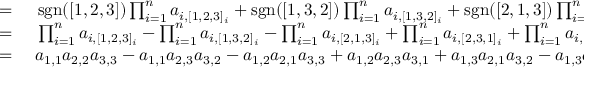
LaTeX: \begin{array} { r l } { = { } } & { { } \operatorname { s g n } ( [ 1 , 2 , 3 ] ) \prod _ { i = 1 } ^ { n } a _ { i , [ 1 , 2 , 3 ] _ { i } } + \operatorname { s g n } ( [ 1 , 3 , 2 ] ) \prod _ { i = 1 } ^ { n } a _ { i , [ 1 , 3 , 2 ] _ { i } } + \operatorname { s g n } ( [ 2 , 1 , 3 ] ) \prod _ { i = 1 } ^ { n } a _ { i , [ 2 , 1 , 3 ] _ { i } } + { } } \\ { = { } } & { { } \prod _ { i = 1 } ^ { n } a _ { i , [ 1 , 2 , 3 ] _ { i } } - \prod _ { i = 1 } ^ { n } a _ { i , [ 1 , 3 , 2 ] _ { i } } - \prod _ { i = 1 } ^ { n } a _ { i , [ 2 , 1 , 3 ] _ { i } } + \prod _ { i = 1 } ^ { n } a _ { i , [ 2 , 3 , 1 ] _ { i } } + \prod _ { i = 1 } ^ { n } a _ { i , [ 3 , 1 , 2 ] _ { i } } - \prod _ { i = 1 } ^ { n } a _ { i , [ 3 , 2 , 1 ] _ { i } } } \\ { = { } } & { { } a _ { 1 , 1 } a _ { 2 , 2 } a _ { 3 , 3 } - a _ { 1 , 1 } a _ { 2 , 3 } a _ { 3 , 2 } - a _ { 1 , 2 } a _ { 2 , 1 } a _ { 3 , 3 } + a _ { 1 , 2 } a _ { 2 , 3 } a _ { 3 , 1 } + a _ { 1 , 3 } a _ { 2 , 1 } a _ { 3 , 2 } - a _ { 1 , 3 } a _ { 2 , 2 } a _ { 3 , 1 } . } \end{array}